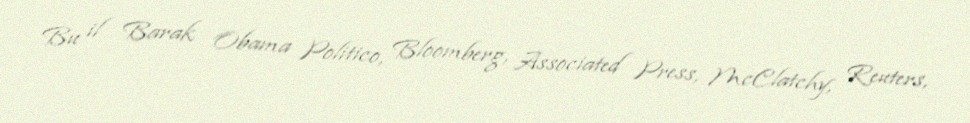
Bu il Barak Obama Politico, Bloomberg, Associated Press, McClatchy, Reuters,